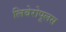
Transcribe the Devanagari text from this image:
लिबेरोपूलस